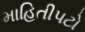
માહિતીપટો